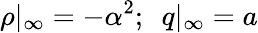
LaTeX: \rho|_{\infty}=-{\alpha^{2}};\ \ q|_{\infty}=a